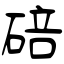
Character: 碚